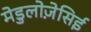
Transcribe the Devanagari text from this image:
मेडुलोज़ेसिई